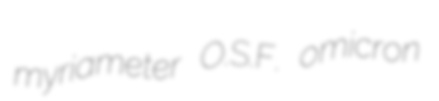
myriameter O.S.F. omicron